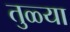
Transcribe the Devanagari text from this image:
तुळ्या